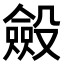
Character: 𣫍